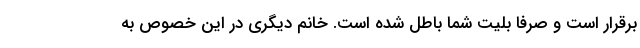
برقرار است و صرفاً بلیت شما باطل شده است. خانم دیگری در این خصوص به